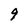
Character: 9